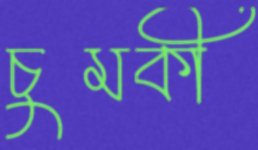
চুমকী